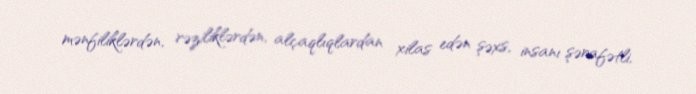
mənfiliklərdən, rəziliklərdən, alçaqlıqlardan xilas edən şəxs, insanı şərafətli,